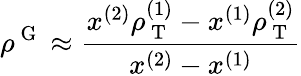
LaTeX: \rho^{\mathrm{~G~}}\approx\frac{x^{(2)}\rho_{\mathrm{~T~}}^{(1)}-x^{(1)}\rho_{\mathrm{~T~}}^{(2)}}{x^{(2)}-x^{(1)}}